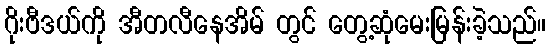
ဂိုးဗီဒယ်ကို အီတလီနေအိမ် တွင် တွေ့ဆုံမေးမြန်းခဲ့သည်။